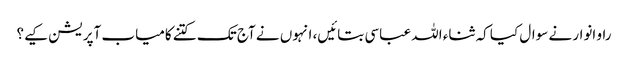
راو انوار نے سوال کیا کہ ثناء اللہ عباسی بتائیں، انہوں نے آج تک کتنے کامیاب آپریشن کیے؟